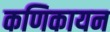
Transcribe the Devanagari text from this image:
कणिकायन